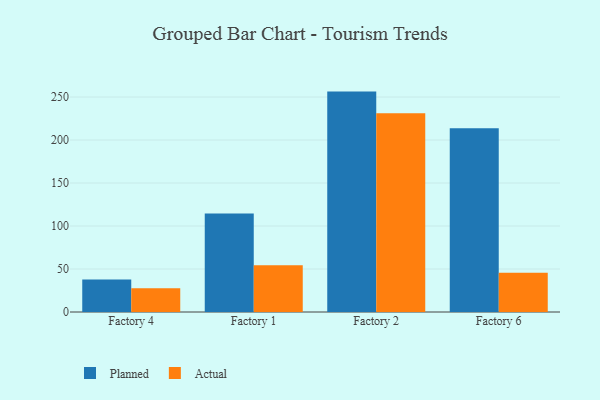
{"axis": {"x": "Factory", "y": "Demand Index"}, "legend": ["Actual", "Planned"], "data": [{"x": "Factory 4", "y": 37.8, "type": "Planned"}, {"x": "Factory 4", "y": 27.6, "type": "Actual"}, {"x": "Factory 1", "y": 114.4, "type": "Planned"}, {"x": "Factory 1", "y": 54.5, "type": "Actual"}, {"x": "Factory 2", "y": 256.3, "type": "Planned"}, {"x": "Factory 2", "y": 231.1, "type": "Actual"}, {"x": "Factory 6", "y": 213.6, "type": "Planned"}, {"x": "Factory 6", "y": 45.6, "type": "Actual"}]}